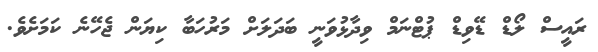
ރައީސް ލޯޑް ޑޭވިޑް ޕުޓްނަމް ވިދާޅުވަނީ ބަދަލަށް މަރުހަބާ ކިޔަން ޖެހޭނެ ކަމަށެވެ.